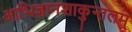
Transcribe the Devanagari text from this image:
आभिज्ञानशाकुन्तलम्